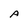
Character: A